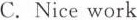
C. Nice work